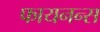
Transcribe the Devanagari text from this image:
फायनन्स